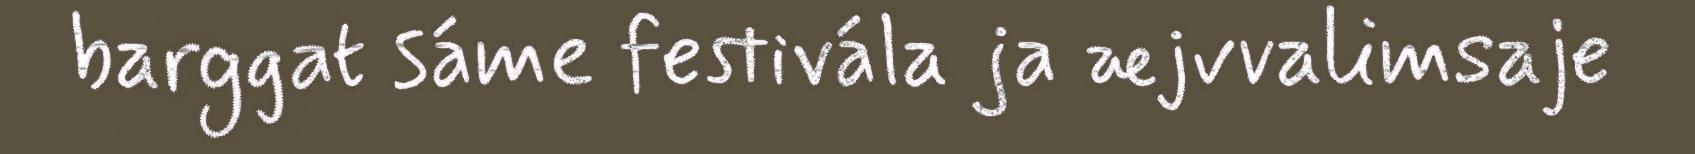
barggat sáme festivála ja æjvvalimsaje